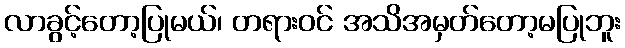
လာခွင့်တော့ပြုမယ်၊ တရားဝင် အသိအမှတ်တော့မပြုဘူး